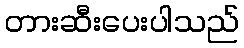
တားဆီးပေးပါသည်